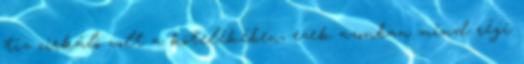
tíz cirkáló volt a kötelékében, ezek azonban mind régi